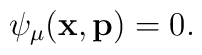
\psi_{\mu}(\mathbf{x},\mathbf{p}) =0.